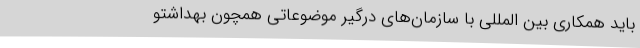
باید همکاری بین المللی با سازمان‌های درگیر موضوعاتی همچون بهداشتو